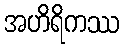
အဟိရိကဿ